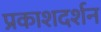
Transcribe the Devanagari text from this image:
प्रकाशदर्शन